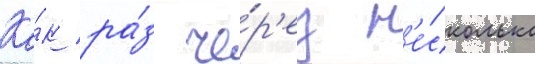
Ка́к ра́з че́р'ез н'е́сколько